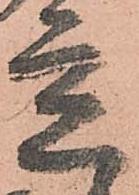
立